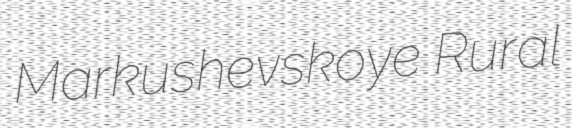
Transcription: Markushevskoye Rural